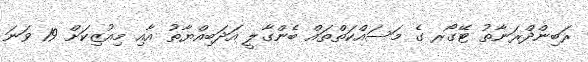
ރަބިންދްރަނާތު ޓޭގޯރ ގެ މަސައްކަތްތައް ބެންގާލީ އަދަބިއްޔާތު އާއި މިއުޒިކަށް 19 ވަނަ